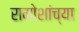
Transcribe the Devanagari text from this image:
रामोशांच्या